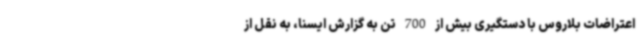
اعتراضات بلاروس با دستگیری بیش از 700 تن به گزارش ایسنا، به نقل از